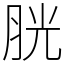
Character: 胱